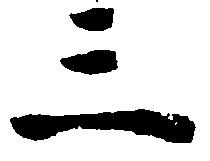
三